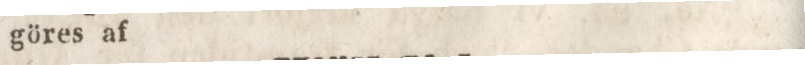
göres af